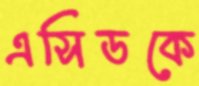
এসিডকে